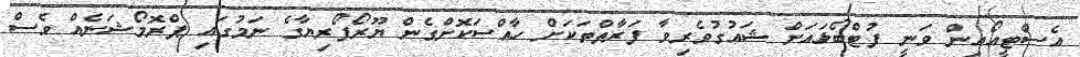
އެސްޓީއޯއިން ވަނީ ފުޓްބޯޅައަށް ޝައުގުވެރިވާ ފަރާތްތަކަށް ހާއްސަކޮށްގެން ޔޫރޯފޯރިޔާގެ ނަމުގައި ޕްރޮމޯޝަނެއް ވެސް